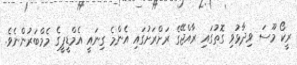
ރީކޯ މޫސަ ވިދާޅުވި ގޮތުގައި ރާއްޖޭގެ ރަށްރަށުގައި އެންމެ ގިނައީ އެމްޑީޕީގެ މެމްބަރުންނެވެ.